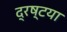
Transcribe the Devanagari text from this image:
द्रष्टया